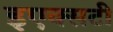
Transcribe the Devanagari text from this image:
इएक्सटी